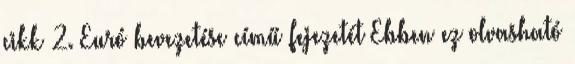
cikk 2. Euró bevezetése című fejezetét Ebben ez olvasható